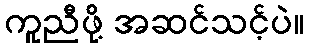
ကူညီဖို့ အဆင်သင့်ပဲ။